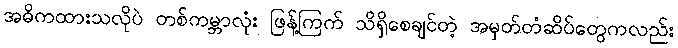
အဓိကထားသလိုပဲ တစ်ကမ္ဘာလုံး ဖြန့်ကြက် သိရှိစေချင်တဲ့ အမှတ်တံဆိပ်တွေကလည်း